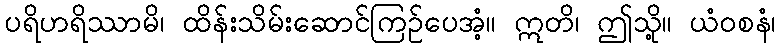
ပရိဟရိဿာမိ၊ ထိန်းသိမ်းဆောင်ကြဉ်ပေအံ့။ ဣတိ၊ ဤသို့။ ယံဝစနံ၊